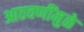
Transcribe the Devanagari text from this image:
आठवणींमुळे